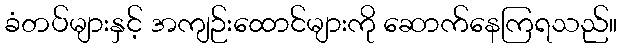
ခံတပ်များနှင့် အကျဉ်းထောင်များကို ဆောက်နေကြရသည်။